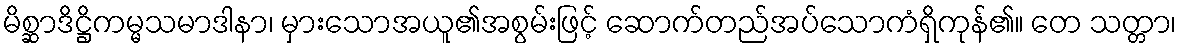
မိစ္ဆာဒိဋ္ဌိကမ္မသမာဒါနာ၊ မှားသောအယူ၏အစွမ်းဖြင့် ဆောက်တည်အပ်သောကံရှိကုန်၏။ တေ သတ္တာ၊